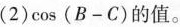
(2)$$\cos ( B - C )$$的值。